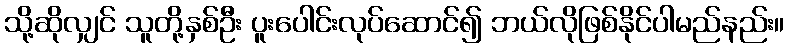
သို့ဆိုလျှင် သူတို့နှစ်ဦး ပူးပေါင်းလုပ်ဆောင်၍ ဘယ်လိုဖြစ်နိုင်ပါမည်နည်း။